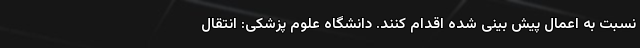
نسبت به اعمال پیش بینی شده‌ اقدام کنند. دانشگاه علوم پزشکی: انتقال